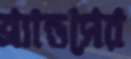
ব্র্যান্ডসের